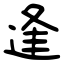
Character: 逢